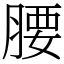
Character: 腰